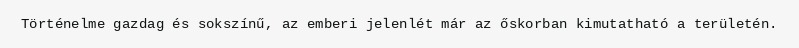
Történelme gazdag és sokszínű, az emberi jelenlét már az őskorban kimutatható a területén.